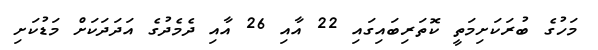
މަހުގެ ބުރަކަށިމަތީ ކޮތަރިބައިގައި 22 އާއި 26 އާއި ދެމެދުގެ އަދަދަކަށް މަޑުކަށި